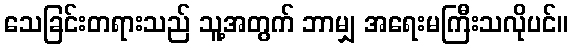
သေခြင်းတရားသည် သူ့အတွက် ဘာမျှ အရေးမကြီးသလိုပင်။